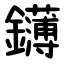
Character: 鑮